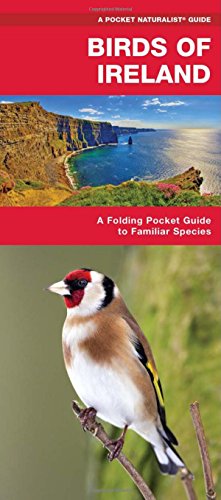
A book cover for Birds of Ireland: A Folding Pocket Guide to Familiar Species (Pocket Naturalist Guide Series); James Kavanagh; Travel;